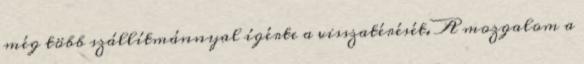
még több szállítmánnyal ígérte a visszatérését. A mozgalom a